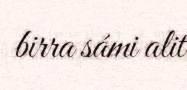
birra sámi alit